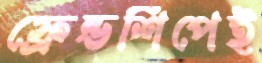
ফ্রেন্ডশিপেই